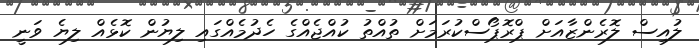
ލުއިސް ލޮރެންޒާއަށް ޕްރޮޕޯސްކުރަމަށް ތުއްތު ކުއްޖެއްގެ ހެދުމެއްގައި ލިޔުން ކޮޅެއް ލިޔެ ވަނީ